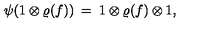
\psi ( 1 \otimes \varrho ( f ) ) \: = \: 1 \otimes \varrho ( f ) \otimes 1 ,